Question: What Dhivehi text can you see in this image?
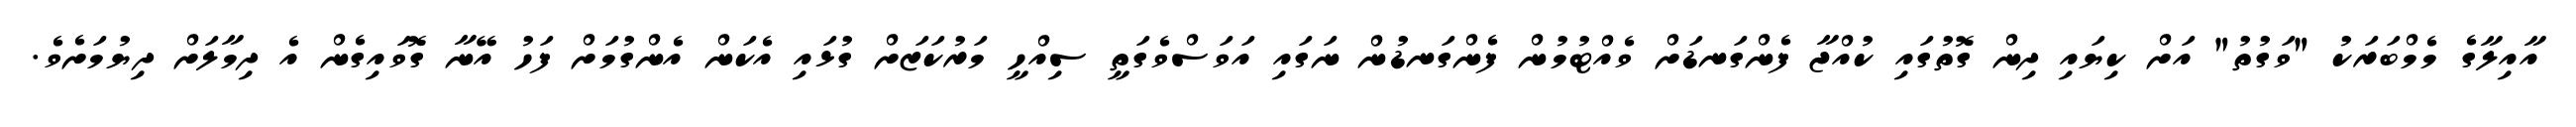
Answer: އާއިލާގެ މެމްބަރަކު "ވަގުތު" އަށް ކިޔައި ދިން ގޮތުގައި ކުއްޖާ ފެންގަނޑަށް ވެއްޓުމުން ފެންގަނޑުން ނަގައި އަވަސްވެގަތީ ސިއްހީ މަރުކަޒަށް ގުޅައި އެކަން އެންގުމަށް ފަހު އޭނާ ގޮވައިގެން އެ ދިމާލަށް ދިޔުމަށެވެ.